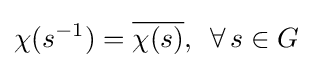
\chi (s^{-1})={\overline {\chi (s)}},\,\,\,\forall \,s\in G